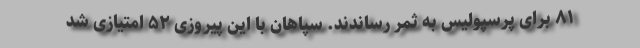
۸۱ برای پرسپولیس به ثمر رساندند. سپاهان با این پیروزی ۵۲ امتیازی شد